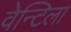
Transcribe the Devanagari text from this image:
वेन्टिला